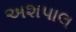
અશપાલ